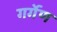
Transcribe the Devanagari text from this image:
गर्गेण